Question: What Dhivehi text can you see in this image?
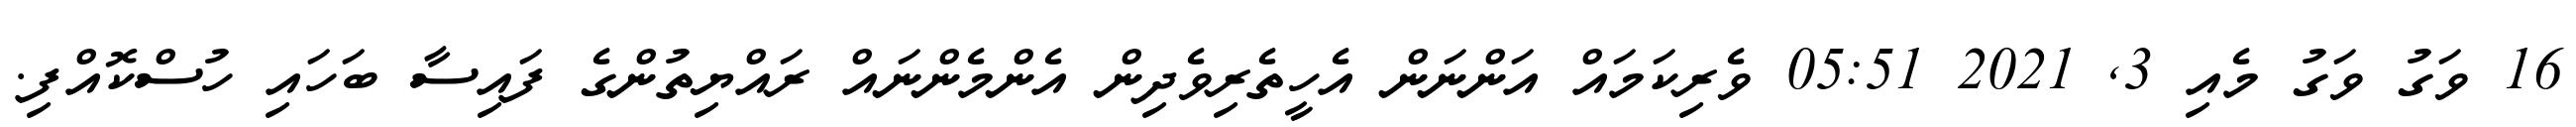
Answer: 16 ވަގު ވަގު މެއި 3, 2021 05:51 ވެރިކަމައް އަންނަން އެހީތެރިވެދިން އެންމެންނައް ރައްޔިތުންގެ ފައިސާ ބަހައި ހުސްކޮއްފި.